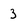
Character: 3